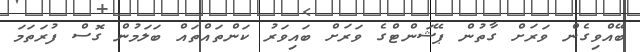
ބޭއްވިގެން ވަރަށް ގާތުން ޕޭޝަންޓްގެ ވަރަށް ބައިވަރު ކަންތައްތައް ބަލަމުން ގޮސް ފުރަތަމަ